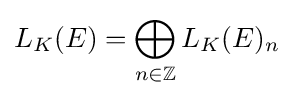
L_{K}(E)=\bigoplus _{n\in \mathbb {Z} }L_{K}(E)_{n}